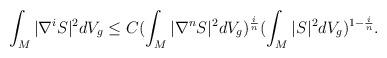
LaTeX: \begin{align*} \int_M |\nabla^i S|^2 dV_g\leq C(\int_M |\nabla^n S|^2 dV_g)^{\frac{i}{n}}(\int_M|S|^2 dV_g)^{1-\frac{i}{n}}. \end{align*}